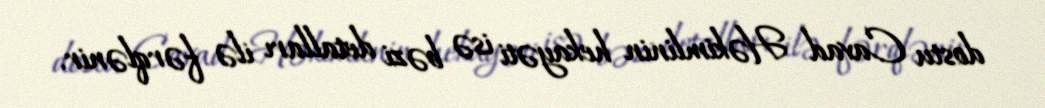
dostu Cavad Həkimlinin hekayəti isə bəzi detalları ilə fərqlənir.